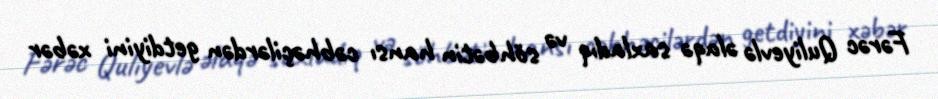
Fərəc Quliyevlə əlaqə saxladıq və söhbətin hansı cəbhəçilərdən getdiyini xəbər